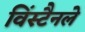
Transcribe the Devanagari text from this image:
विंस्टैनले